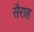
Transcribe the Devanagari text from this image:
सैराह